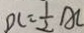
D C = \frac { 1 } { 2 } A C